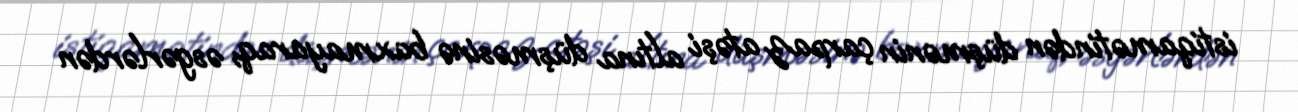
istiqamətindən düşmənin çarpaz atəşi altına düşməsinə baxmayaraq, əsgərlərdən